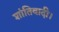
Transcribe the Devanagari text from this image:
शांतिवादी।